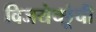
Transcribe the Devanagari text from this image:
विजयेच्छूंची